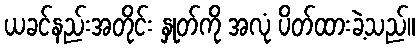
ယခင်နည်းအတိုင်း နှုတ်ကို အလုံ ပိတ်ထားခဲ့သည်။